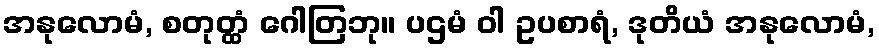
အနုလောမံ, စတုတ္ထံ ဂေါတြဘု။ ပဌမံ ဝါ ဥပစာရံ, ဒုတိယံ အနုလောမံ,